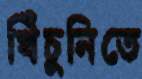
খিঁচুনিতে